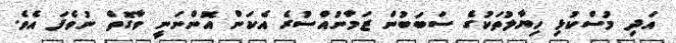
އަދި މުސްކުޅި ހިޔާލުތަކުގެ ސަބަބުން ޒަމާނުއްސުރެ އެކަން އޮންނަނީ ވާގޮތް ނުވެފަ އެވެ.